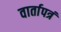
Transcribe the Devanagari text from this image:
वार्तापत्रं